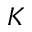
K